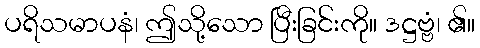
ပရိသမာပနံ၊ ဤသို့သော ပြီးခြင်းကို။ ဒဋ္ဌဗ္ဗံ၊ ၏။